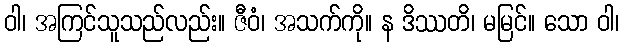
ဝါ၊ အကြင်သူသည်လည်း။ ဇီဝံ၊ အသက်ကို။ န ဒိဿတိ၊ မမြင်။ သော ဝါ၊